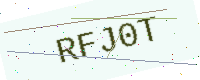
Text: RFJ0T